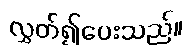
လွှတ်၍ပေးသည်။